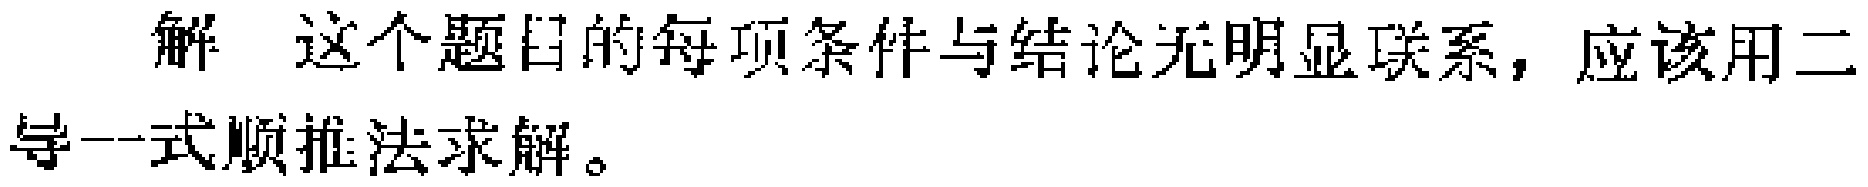
解 这个题目的每项条件与结论无明显联系，应该用二导一式顺推法求解。